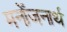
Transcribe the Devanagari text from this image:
मनोंजनार्थ